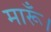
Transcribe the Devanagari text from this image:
मारूँ।